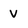
Character: v